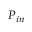
P _ { i n }